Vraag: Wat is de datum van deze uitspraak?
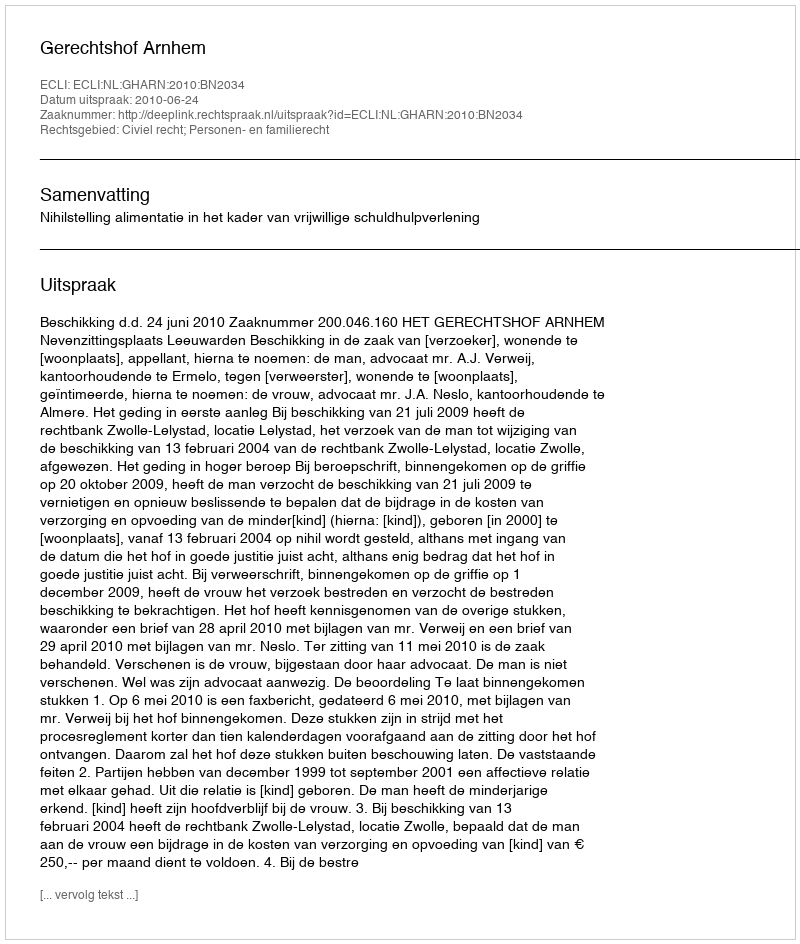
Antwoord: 2010-06-24